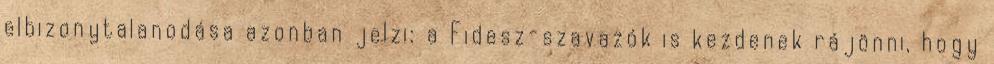
elbizonytalanodása azonban jelzi: a Fidesz-szavazók is kezdenek rájönni, hogy